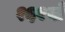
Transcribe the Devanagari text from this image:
१६१वाँ